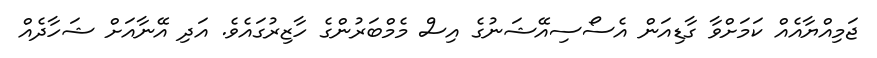
ޖަމިއްޔާއެއް ކަމަށްވާ ގާޑިއަން އެސޯސިއޭޝަނުގެ އިސް މެމްބަރުންގެ ހާޒިރުގައެވެ. އަދި އޭނާއަށް ޝަހާދެއް